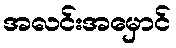
အလင်းအမှောင်